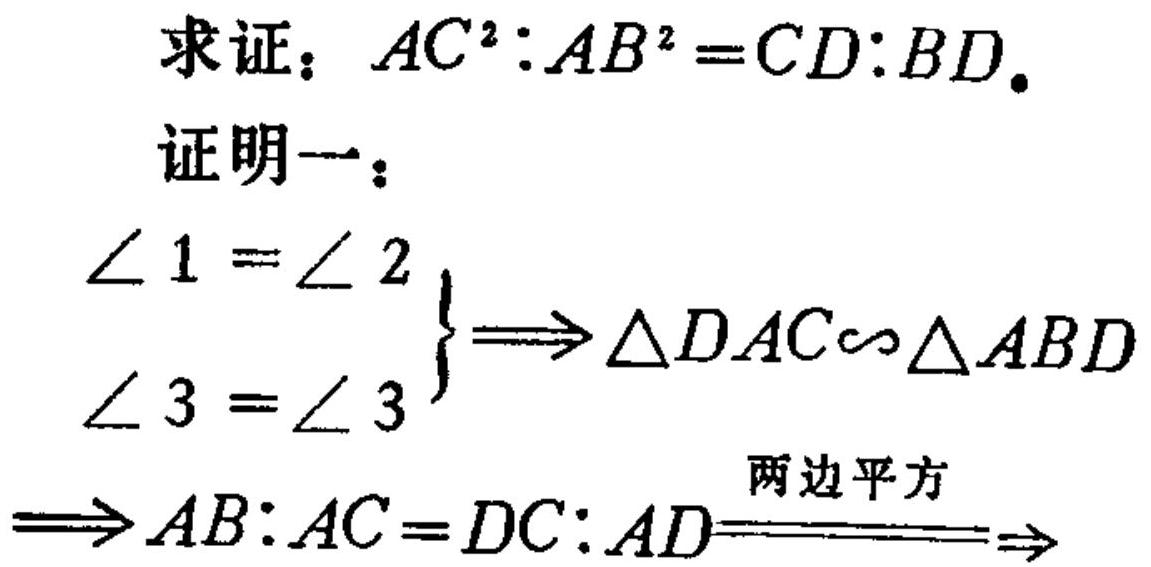
求证：$AC^{2}:AB^{2}=CD:BD$.
证明一：
$\left.\begin{array}{l}
\angle 1=\angle 2\\
\angle 3=\angle 3
\end{array}\right\} \Longrightarrow \triangle DAC\sim\triangle ABD$
$\Longrightarrow AB:AC = DC:AD\xlongequal{两边平方}$